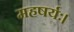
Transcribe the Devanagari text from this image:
महषर्यः।